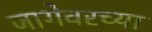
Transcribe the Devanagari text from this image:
जागेवरच्या